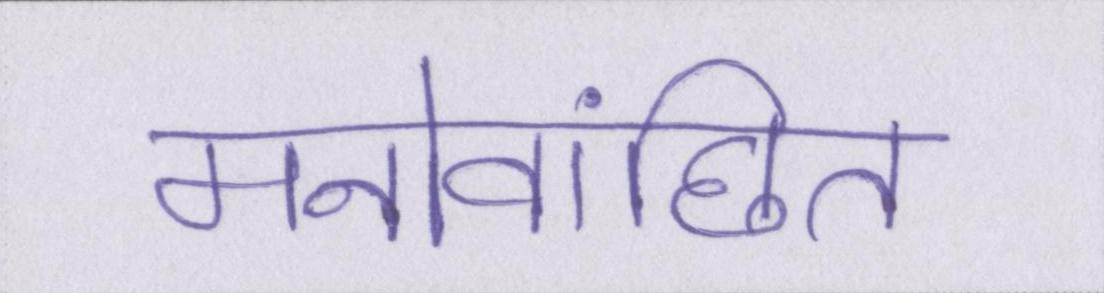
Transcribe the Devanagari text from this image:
मनोवांछित